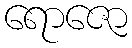
ရောဇော